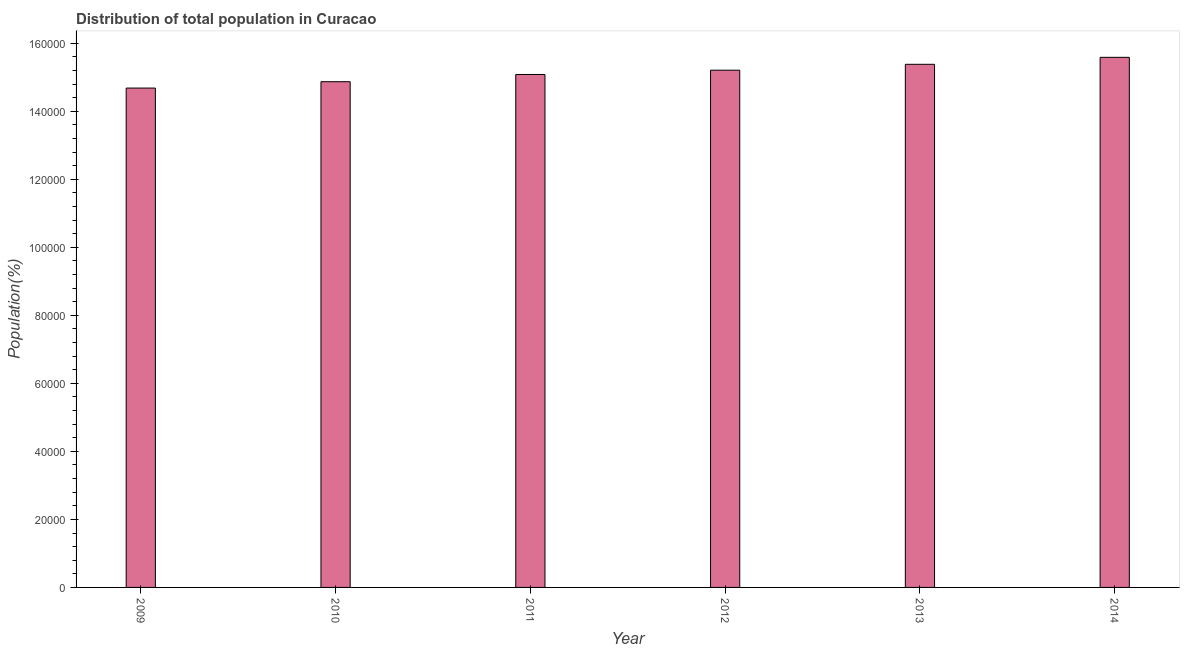
| Year | Total |
 | --- | --- |
 | 2009 | 1.47e+05 |
 | 2010 | 1.49e+05 |
 | 2011 | 1.51e+05 |
 | 2012 | 1.52e+05 |
 | 2013 | 1.54e+05 |
 | 2014 | 1.56e+05 |